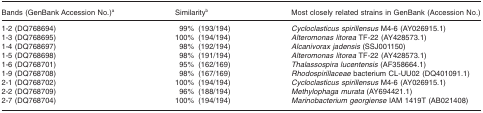
| Bands (GenBank Accession No.)a | Similarityb | Most closely related strains in GenBank (Accession No.) |
 | --- | --- | --- |
 | 1-2 (DQ768694) | 99%(193/194) | Cycloclasticus spirillensus M4-6 (AY026915.1) |
 | 1-3 (DQ768695) | 100%(194/194) | Alteromonas litorea TF-22 (AY428573.1) |
 | 1-4 (DQ768697) | 98%(192/194) | Alcanivorax jadensis (SSJ001150) |
 | 1-5 (DQ768698) | 98%(191/194) | Alteromonas litorea TF-22 (AY428573.1) |
 | 1-6 (DQ768701) | 95%(162/169) | Thalassospira lucentensis (AF358664.1) |
 | 1-9 (DQ768708) | 98%(167/169) | Rhodospirillaceae bacterium CL-UU02 (DQ401091.1) |
 | 2-1 (DQ768702) | 100%(194/194) | Cycloclasticus spirillensus M4-6 (AY026915.1) |
 | 2-2 (DQ768709) | 96%(188/194) | Methylophaga murata (AY694421.1) |
 | 2-7 (DQ768704) | 100%(194/194) | Marinobacterium georgiense IAM 1419T (AB021408) |